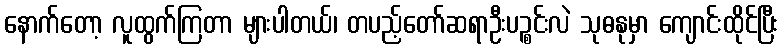
နောက်တော့ လူထွက်ကြတာ များပါတယ်၊ တပည့်တော်ဆရာဦးပဉ္စင်းလဲ သုဓနုမှာ ကျောင်းထိုင်ပြီး